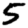
Digit: 5